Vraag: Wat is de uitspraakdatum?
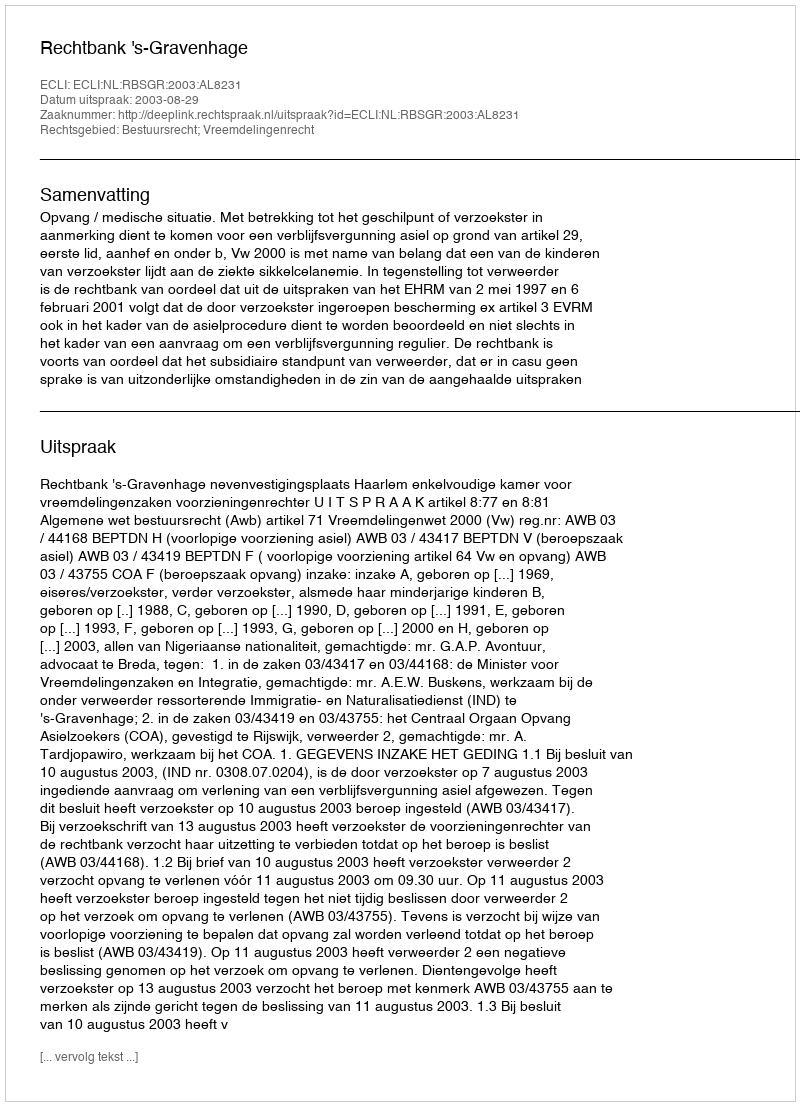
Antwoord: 2003-08-29